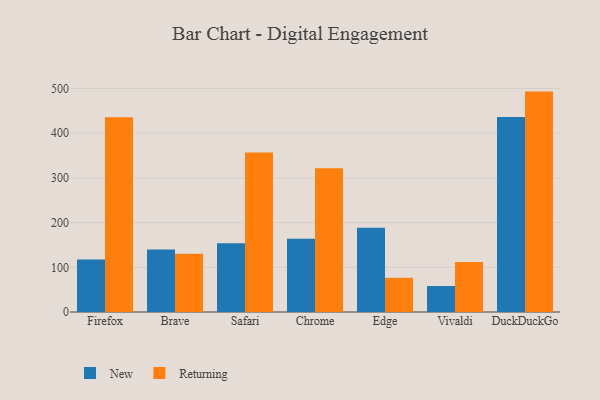
{"axis": {"x": "Browser", "y": "Temperature (°C)"}, "legend": ["New", "Returning"], "data": [{"x": "Firefox", "y": 117.7, "type": "New"}, {"x": "Firefox", "y": 435.9, "type": "Returning"}, {"x": "Brave", "y": 140.0, "type": "New"}, {"x": "Brave", "y": 130.5, "type": "Returning"}, {"x": "Safari", "y": 153.7, "type": "New"}, {"x": "Safari", "y": 356.7, "type": "Returning"}, {"x": "Chrome", "y": 163.7, "type": "New"}, {"x": "Chrome", "y": 321.4, "type": "Returning"}, {"x": "Edge", "y": 188.7, "type": "New"}, {"x": "Edge", "y": 76.5, "type": "Returning"}, {"x": "Vivaldi", "y": 58.1, "type": "New"}, {"x": "Vivaldi", "y": 111.6, "type": "Returning"}, {"x": "DuckDuckGo", "y": 436.5, "type": "New"}, {"x": "DuckDuckGo", "y": 493.1, "type": "Returning"}]}